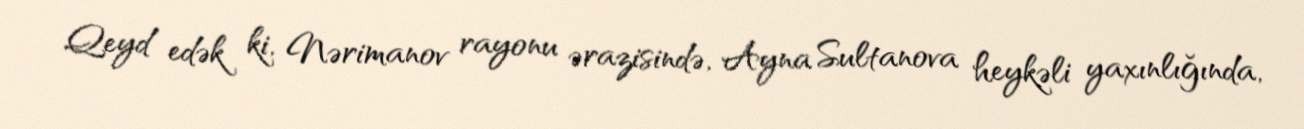
Qeyd edək ki, Nərimanov rayonu ərazisində, Ayna Sultanova heykəli yaxınlığında,